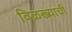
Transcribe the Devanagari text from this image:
विळख्याची